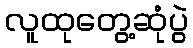
လူထုတွေ့ဆုံပွဲ